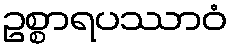
ဥစ္စာရပဿာဝံ